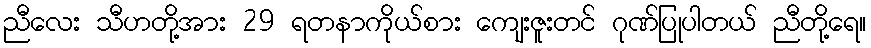
ညီလေး သီဟတို့အား 29 ရတနာကိုယ်စား ကျေးဇူးတင် ဂုဏ်ပြုပါတယ် ညီတို့ရေ။